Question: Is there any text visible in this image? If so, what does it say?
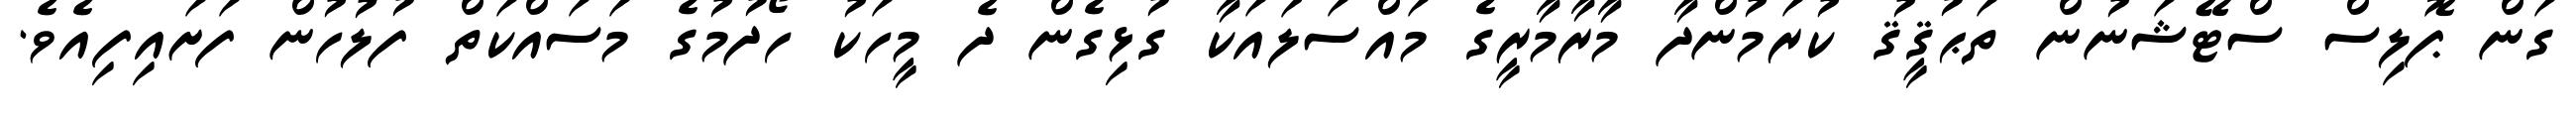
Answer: ގަން ޕޮލިސް ސްޓޭޝަނުން ތަޙުޤީޤު ކުރަމުންދާ މާރާމާރީގެ މައްސަލައަކާ ގުޅިގެން ދެ މީހަކު ހޯދުމުގެ މަސައްކަތް ފުލުހުން ފަށައިފިއެވެ.